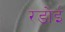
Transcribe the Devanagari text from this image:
रडोई